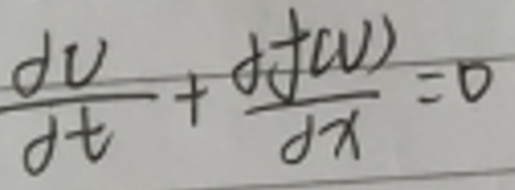
\frac{\mathrm{d}u}{\mathrm{d}t}+\frac{\mathrm{d}f(u)}{\mathrm{d}x}=0